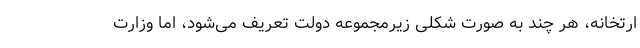
ارتخانه، هر چند به صورت شکلی زیرمجموعه دولت تعریف می‌شود، اما وزارت